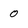
Character: o